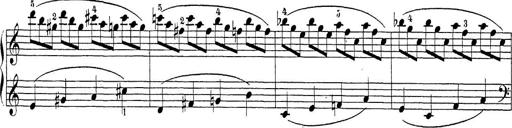
Title: Sonatina Album
Composer: Louis KÃ¶hler